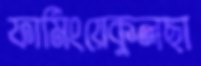
ফার্মিংয়েকুলছা